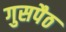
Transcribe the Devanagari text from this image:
गुसपैठ